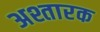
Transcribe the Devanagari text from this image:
अश्तारक